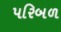
પરિબળ